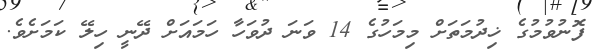
ފޮނުވުމުގެ ޚިދުމަތަށް މިމަހުގެ 14 ވަނަ ދުވަހާ ހަމައަށް ދޭނީ ހިލޭ ކަމަށެވެ.